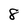
Character: 8